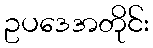
ဥပဒေအတိုင်း